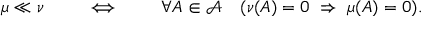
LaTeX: \mu \ll \nu \qquad \iff \qquad \forall A \in { \mathcal { A } } \quad ( \nu ( A ) = 0 \ \Rightarrow \ \mu ( A ) = 0 ) .